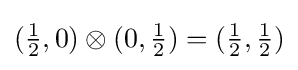
({\tfrac {1}{2}},0)\otimes (0,{\tfrac {1}{2}})=({\tfrac {1}{2}},{\tfrac {1}{2}})